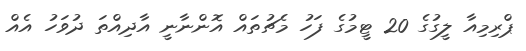
ޕްރިމިއާ ލީގުގެ 20 ޓީމުގެ ފަހު މެޗުތައް އޮންނާނީ އާދިއްތަ ދުވަހު އެއް